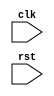
module sequential_logic(
    input wire clk,  // Clock signal
    input wire rst,  // Reset signal
    
    // Other input/output wires here
    
);
 
// Define your variables or states here

always @(posedge rst) begin
    // Define your logic or operations here that will be triggered on the positive edge of rst signal
    
    // For example, resetting values or states
    // reset_value <= 0;
    // reset_state <= 0;
end

// Other logic or operations here

endmodule